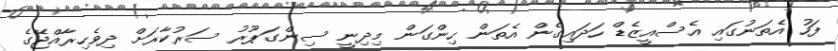
ފަހު އެތަނުގައި އެސްއީޒެޑް ހަދައިގެން އެތަން ހިންގަން މިދިނީ ސިންގަޕޫރު ސަރުކާރަށް ދިވެހިރާއްޖޭގެ